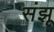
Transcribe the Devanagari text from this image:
संझू